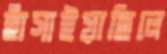
হাঁসাইয়াছিলে